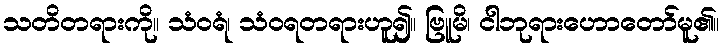
သတိတရားကို။ သံဝရံ၊ သံဝရတရားဟူ၍။ ဗြူမိ၊ ငါဘုရားဟောတော်မူ၏။